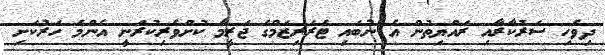
ދިވެހި ސަރުކާރާއި ރައްޔިތުން އެ ނުބައި ޓެރަރިޒަމްގެ ޖަރީމާ ކުށްވެރިކުރަނީ އެންމެ ހަރުކަށި